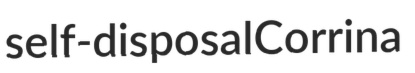
self-disposal Corrina